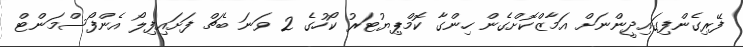
ފޭރިގެންފިގައިދީންނަށް އަމާޒްކޮށްގެން ހިންގާ ކޮމްޕިޔުޓަރު ކޯހުގެ 2 ވަނަ ބެޗް ފަށައިފިލޯ އެންފޯސްމަންޓް